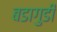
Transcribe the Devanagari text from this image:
बडागुडी